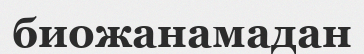
биожанамадан